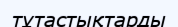
тұтастықтарды